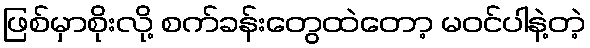
ဖြစ်မှာစိုးလို့ စက်ခန်းတွေထဲတော့ မဝင်ပါနဲ့တဲ့